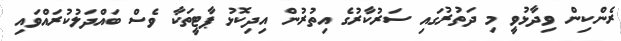
ރެންކިން ވިދާޅުވީ މި ދަތުރުގައި ސަރުކާރުގެ އިތުރުން އިދިކޮޅު ޕާޓީތަކާ ވެސް ބައްދަލުކުރައްވައި